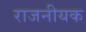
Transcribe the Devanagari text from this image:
राजनीयक